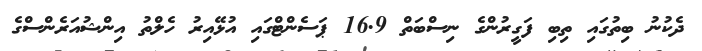
ދެކުނު ބިތުގައި ތިބި ފަގީރުންގެ ނިސްބަތް 16.9 ޕަސެންޓްގައި އުޅޭއިރު ހެލްތު އިންޝުއަރެންސްގެ